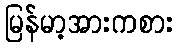
မြန်မာ့အားကစား